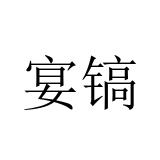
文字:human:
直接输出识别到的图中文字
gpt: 宴镐